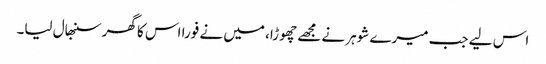
اس لیے جب میرے شوہر نے مجھے چھوڑا، میں نے فورا اس کا گھر سنبھال لیا۔